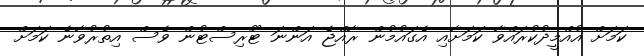
ކަމަށް އުއްމީދުކުރައްވާ ކަމަށާއި އެގައުމުން ރާއްޖެ އަންނަ ޓޫރިސްޓުން ވެސް އިތުރުވާނެ ކަމަށް